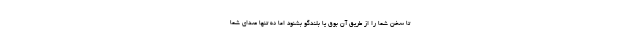
تا سخن شما را از طریق آن بوق یا بلندگو بشنود اما نه تنها صدای شما